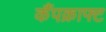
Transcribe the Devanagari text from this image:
कैंपक्राफ्ट